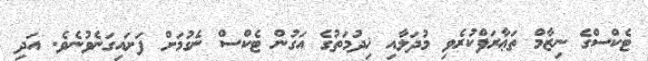
ޓެކްސްގެ ނިޒާމް ތަޢާރަފްކުރެވި މުދަލާއި ޚިދުމަތުގެ އަގުން ޓެކްސް ނެގުމަށް ފަށައިގަނެވުނެވެ. އަދި